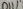
Text: D1111